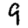
Digit: 9